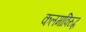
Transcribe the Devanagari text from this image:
कलमाविरुद्ध